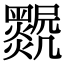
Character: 𤓅